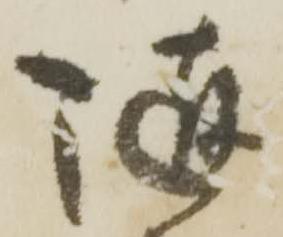
随